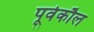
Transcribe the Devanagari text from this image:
पूर्वकौल